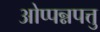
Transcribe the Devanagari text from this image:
ओप्पन्नपत्तु